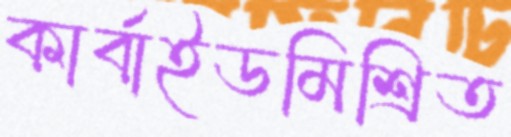
কার্বাইডমিশ্রিত